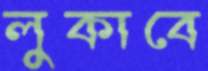
লুকাবে